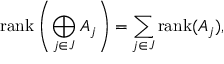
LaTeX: \operatorname { r a n k } \left( \bigoplus _ { j \in J } A _ { j } \right) = \sum _ { j \in J } \operatorname { r a n k } ( A _ { j } ) ,